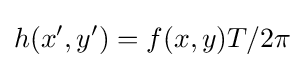
h(x',y')=f(x,y)T/2\pi